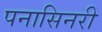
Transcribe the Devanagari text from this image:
पनासिनरी